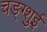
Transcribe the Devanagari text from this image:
चङ्ग्शुई